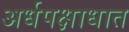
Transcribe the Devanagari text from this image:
अर्धपक्षाधात